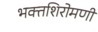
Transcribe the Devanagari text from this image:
भक्तशिरोमणी